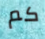
كم